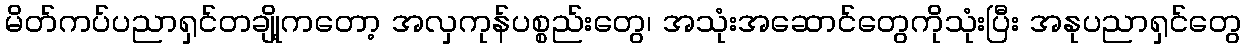
မိတ်ကပ်ပညာရှင်တချို့ကတော့ အလှကုန်ပစ္စည်းတွေ၊ အသုံးအဆောင်တွေကိုသုံးပြီး အနုပညာရှင်တွေ